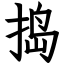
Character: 捣